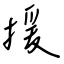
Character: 援